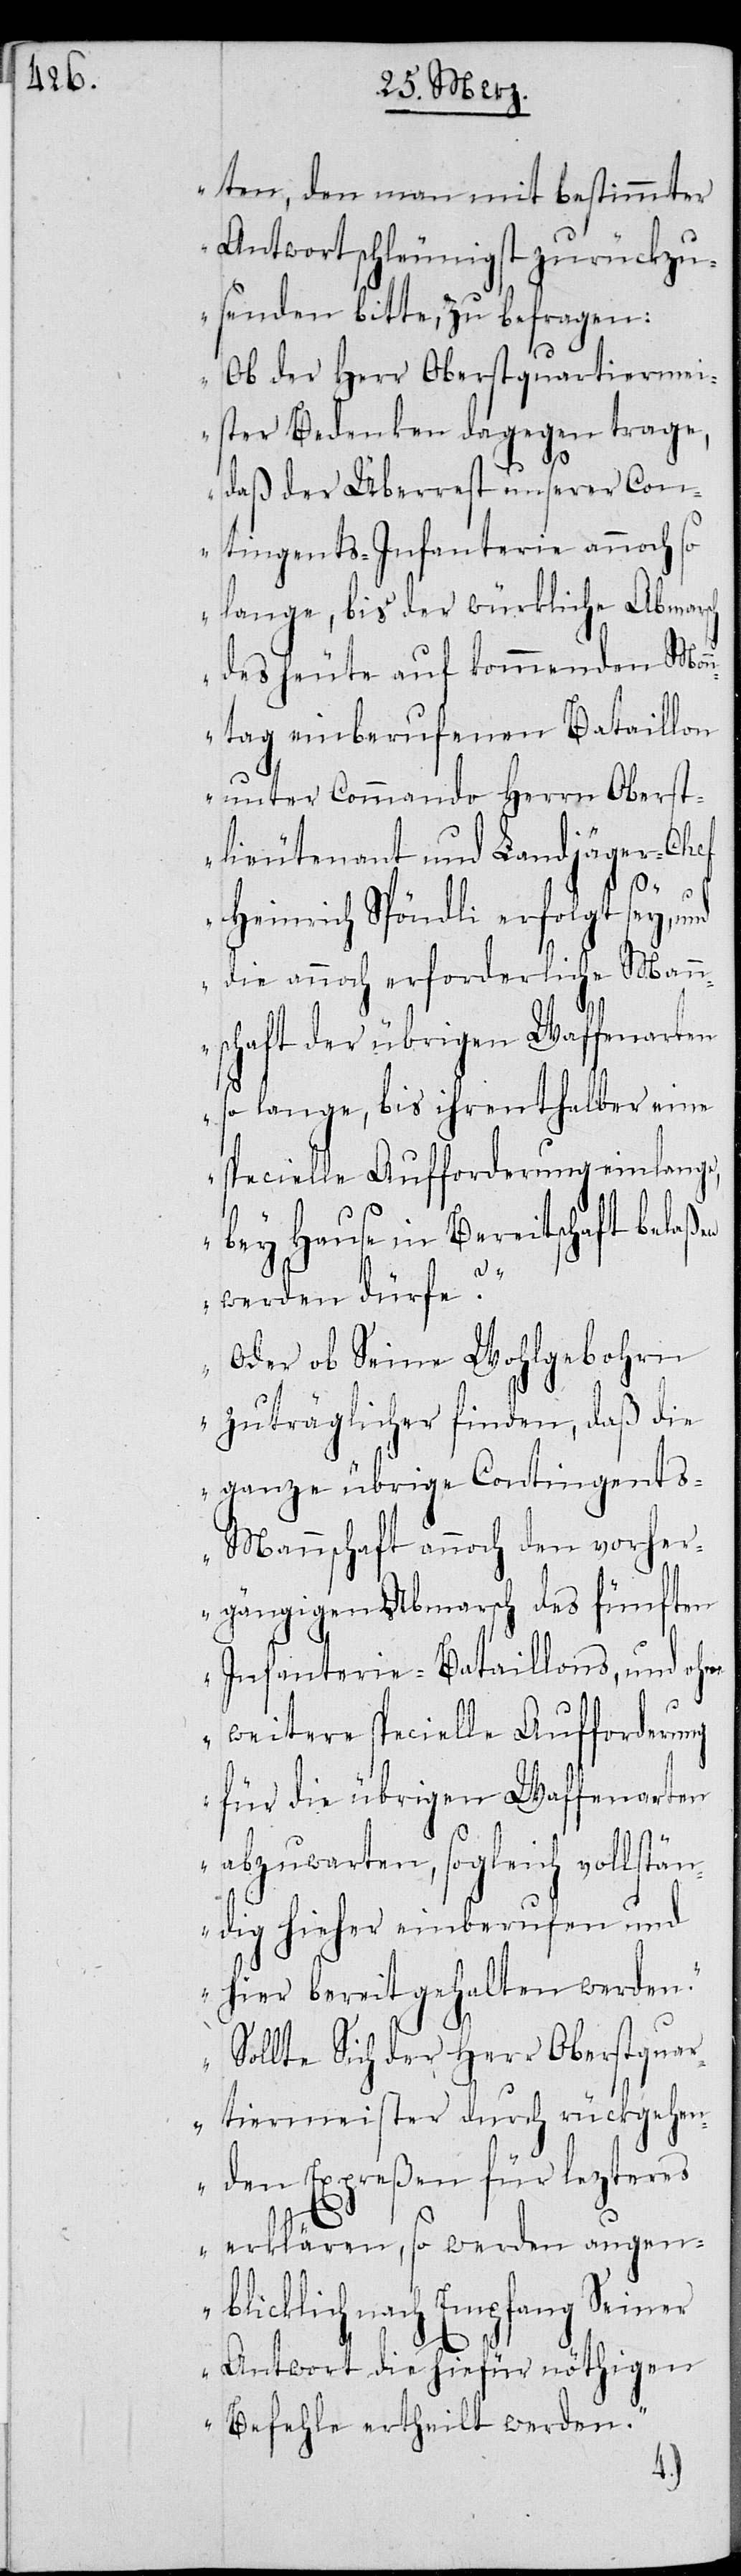
ten, den man mit bestimmter
Antwort schleunigst zurückzu¬
senden bitte, zu befragen:
Ob der Herr Oberstquartiermei¬
ster Bedenken dagegen trage,
daß der Überrest unserer Con¬
tingents-Infanterie annoch so
lange, bis der würkliche Abmarsch
des heute auf kommenden Mon¬
ntag einberufenen Bataillon
unter Commando Herrn Oberst¬
lieutenant und Landjäger-Chef
Heinrich Spöndli erfolgt sey, und
die annoch erforderliche Man¬
nschaft der übrigen Waffenarten
so lange, bis ihrenthalber eine
specielle Aufforderung einlange,
bey Hause in Bereitschaft bela¬
ßen
werden dürfe?
Oder ob Seine Wohlgebohrn
zuträglicher finden, daß die
ganze übrige Contingent¬
s-Mannschaft annoch den vorher¬
gängigen Abmarsch des fünften
Infanterie-Bataillons, und ohne
weitere specielle Aufforderung
für die übrigen Waffenarten
abzuwarten, sogleich vollstä¬
ndig hierher einberufen und
hier bereitgehalten werden.
Sollte sich der Herr Oberstqua¬
rtiermeister durch rückgehen¬
den Expreßen für lezteres
erklären, so werden augen¬
blicklich nach Empfang seiner
Antwort die hiefür nöthigen
Befehle ertheilt werden.“